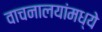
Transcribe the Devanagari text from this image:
वाचनालयांमध्ये